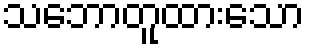
သဘောတူထားသော